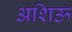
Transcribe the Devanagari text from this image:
अशिऊ